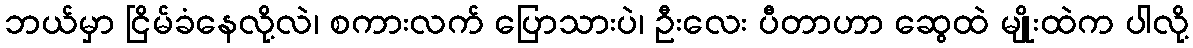
ဘယ်မှာ ငြိမ်ခံနေလို့လဲ၊ စကားလက် ပြောသားပဲ၊ ဦးလေး ပီတာဟာ ဆွေထဲ မျိုးထဲက ပါလို့